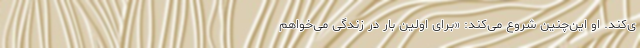
ی‌کند. او این‌چنین شروع می‌کند: «برای اولین بار در زندگی می‌خواهم